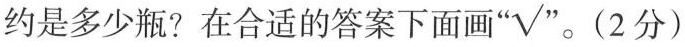
约是多少瓶?在合适的答案下面画“√” (2分)